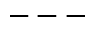
---